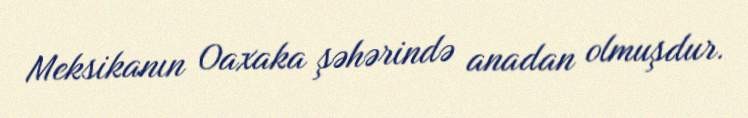
Meksikanın Oaxaka şəhərində anadan olmuşdur.